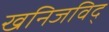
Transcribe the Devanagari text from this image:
खनिजविद्